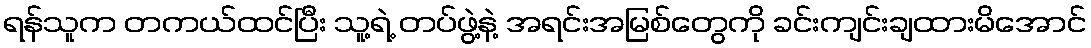
ရန်သူက တကယ်ထင်ပြီး သူ့ရဲ့ တပ်ဖွဲ့နဲ့ အရင်းအမြစ်တွေကို ခင်းကျင်းချထားမိအောင်